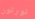
نورتون